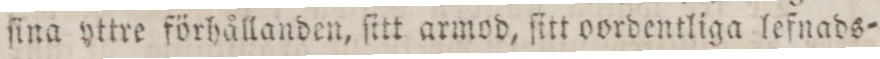
ſina yttre förhållanden, ſitt armod, ſitt oordentliga lefnads=